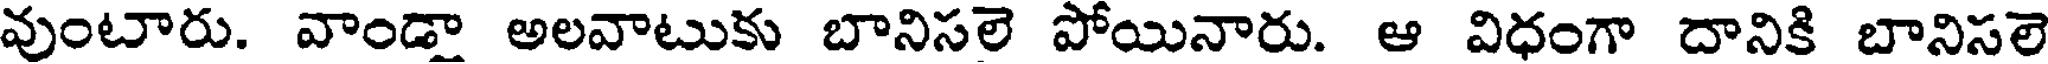
వుంటారు. వాండా అలవాటుకు బానిసలె పోయినారు. ఆ విధంగా దానికి బానిసలె